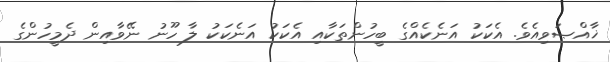
ޚާއްޞަވިއެވެ. އެކަކު އަނެކެއްގެ ބީހުންތަކާއި އެކަކު އަނެކަކު ލާ ހޫނު ނޭވާއިން ދެމީހުންގެ